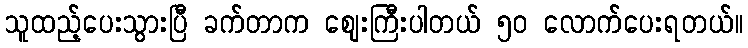
သူထည့်ပေးသွားပြီ ခက်တာက စျေးကြီးပါတယ် ၅၀ လောက်ပေးရတယ်။